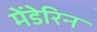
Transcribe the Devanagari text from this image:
मेंडेरिन